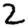
Digit: 2